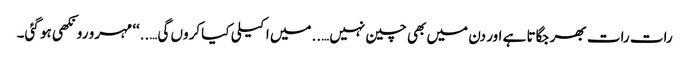
رات رات بھر جگاتا ہے اور دن میں بھی چین نہیں…..میں اکیلی کیا کروں گی…..‘‘ مہرو رونکھی ہو گئی۔